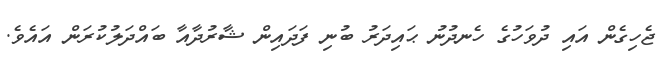
ޖެހިގެން އައި ދުވަހުގެ ހެނދުނު ޙައިދަރު ބުނި ފަދައިން ޝާރުދާއާ ބައްދަލުކުރަން އައެވެ.